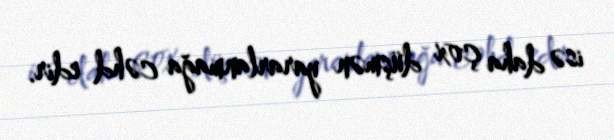
isə daha çox düşmən yararlanmağa cəhd edir.